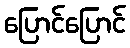
ပြောင်ပြောင်